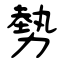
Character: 勢